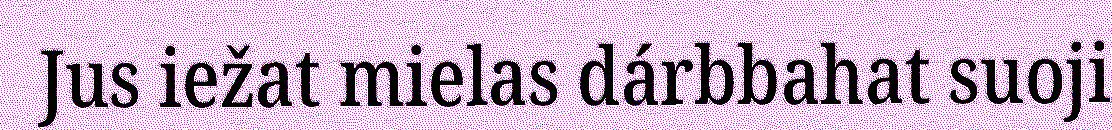
Jus iežat mielas dárbbahat suoji